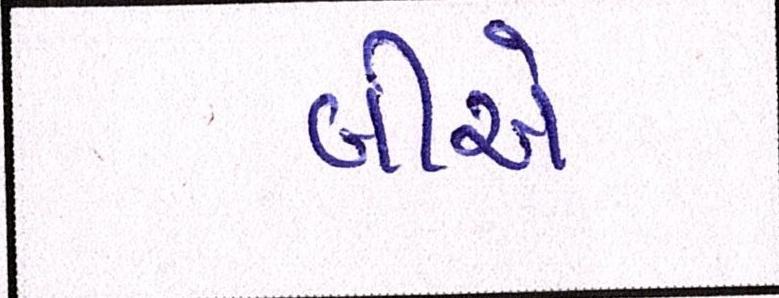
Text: બીએ